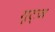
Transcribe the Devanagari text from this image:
गूट्ज